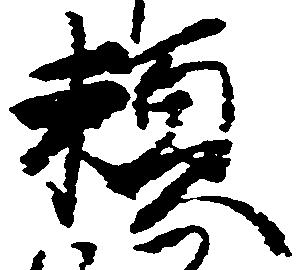
頼